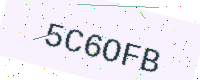
Text: 5C6OFB